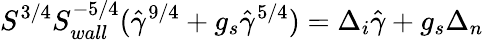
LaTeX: S^{3/4}S_{wall}^{-5/4}(\hat{\gamma}^{9/4}+g_{s}\hat{\gamma}^{5/4})=\Delta_{i}\hat{\gamma}+g_{s}\Delta_{n}